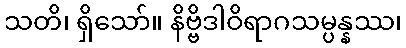
သတိ၊ ရှိသော်။ နိဗ္ဗိဒါဝိရာဂသမ္ပန္နဿ၊